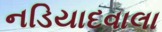
નડિયાદવાલા